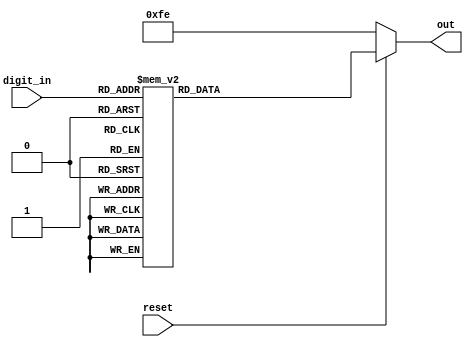
`timescale 1ns / 1ps
//////////////////////////////////////////////////////////////////////////////////
// Company: 
// Engineer: 
// 
// Design Name: 
// Module Name: seg_led
// Project Name: 
// Target Devices: 
// Tool Versions: 
// Description: 
// 
// Dependencies: 
// 
// Revision:
// Revision 0.01 - File Created
// Additional Comments:
// 
//////////////////////////////////////////////////////////////////////////////////


module seg_led(
input reset,
input [3:0]digit_in,
output reg[7:0]out
    );
    
    always@(digit_in or reset)
    begin
    if(reset==0) out=8'b11111110;
    else begin
    case(digit_in)
                     4'b0000:	 out=	 8'b00000011;	 //0
                     4'b0001:    out=    8'b10011111;    //1
                     4'b0010:    out=    8'b00100101;    //2
                     4'b0011:    out=    8'b00001101;    //3
                     4'b0100:    out=    8'b10011001;    //4
                     4'b0101:    out=    8'b01001001;    //5
                     4'b0110:    out=    8'b01000001;    //6
                     4'b0111:    out=    8'b00011111;    //7
                     4'b1000:    out=    8'b00000001;    //8
                     4'b1001:    out=    8'b00001001;    //9
                     4'b1010:    out=    8'b00010001;    //A
                     4'b1011:    out=    8'b11000001;    //B
                     4'b1100:    out=    8'b01100011;    //C
                     4'b1101:    out=    8'b10000101;    //D
                     4'b1110:    out=    8'b01100001;    //E
                     4'b1111:    out=    8'b01110001;    //F
                     default:    out=    8'b00000000;   
                     endcase
                     end
                     end
endmodule